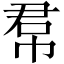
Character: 帬